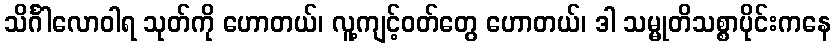
သိင်္ဂါလောဝါရ သုတ်ကို ဟောတယ်၊ လူ့ကျင့်ဝတ်တွေ ဟောတယ်၊ ဒါ သမ္မုတိသစ္စာပိုင်းကနေ